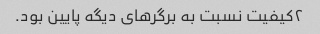
۲کیفیت نسبت به برگر‌های دیگه پایین بود.